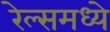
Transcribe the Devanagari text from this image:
रेल्समध्ये